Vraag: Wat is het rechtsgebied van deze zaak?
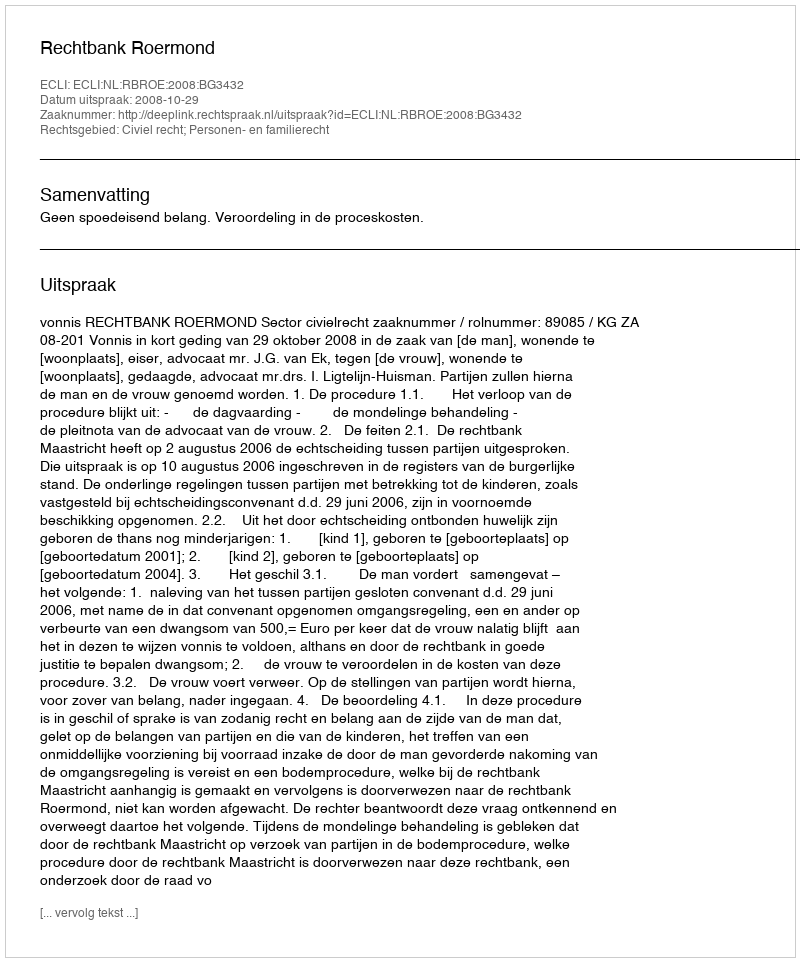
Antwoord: Civiel recht; Personen- en familierecht